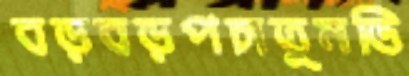
বড়বড়পচাতুমভি